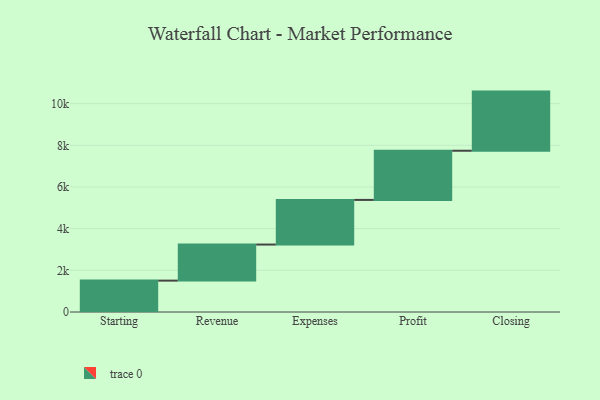
{"axis": {"x": "Step", "y": "Value"}, "legend": [""], "data": [{"x": "Starting", "y": 1506.0, "type": ""}, {"x": "Revenue", "y": 1731.0, "type": ""}, {"x": "Expenses", "y": 2142.0, "type": ""}, {"x": "Profit", "y": 2360.0, "type": ""}, {"x": "Closing", "y": 2838.0, "type": ""}]}